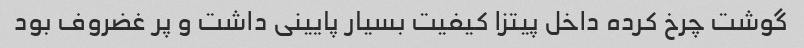
گوشت چرخ کرده داخل پیتزا کیفیت بسیار پایینی داشت و پر غضروف بود